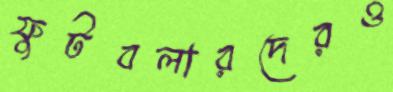
ফুটবলারদেরও